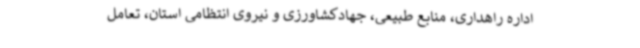
اداره راهداری، منابع طبیعی، جهادکشاورزی و نیروی انتظامی استان، تعامل